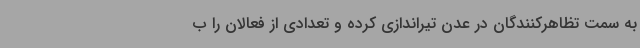
به سمت تظاهرکنندگان در عدن تیراندازی کرده و تعدادی از فعالان را ب